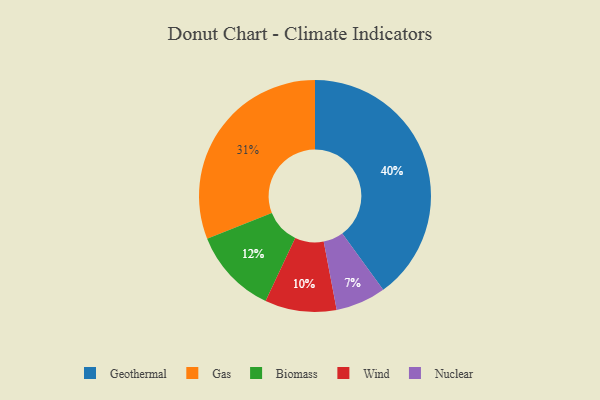
{"axis": {"x": "Category", "y": "Percentage"}, "legend": ["Biomass", "Gas", "Geothermal", "Nuclear", "Wind"], "data": [{"x": "Nuclear", "y": 7, "type": "Nuclear"}, {"x": "Wind", "y": 10, "type": "Wind"}, {"x": "Geothermal", "y": 40, "type": "Geothermal"}, {"x": "Biomass", "y": 12, "type": "Biomass"}, {"x": "Gas", "y": 31, "type": "Gas"}]}